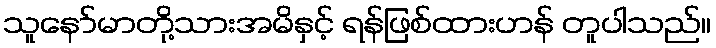
သူနော်မာတို့သားအမိနှင့် ရန်ဖြစ်ထားဟန် တူပါသည်။